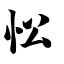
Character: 忪